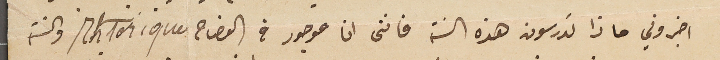
اخبروني ماذا تدرسون هذه السنة فاننى انا موجود في الفصاح Rhtorique والسنة